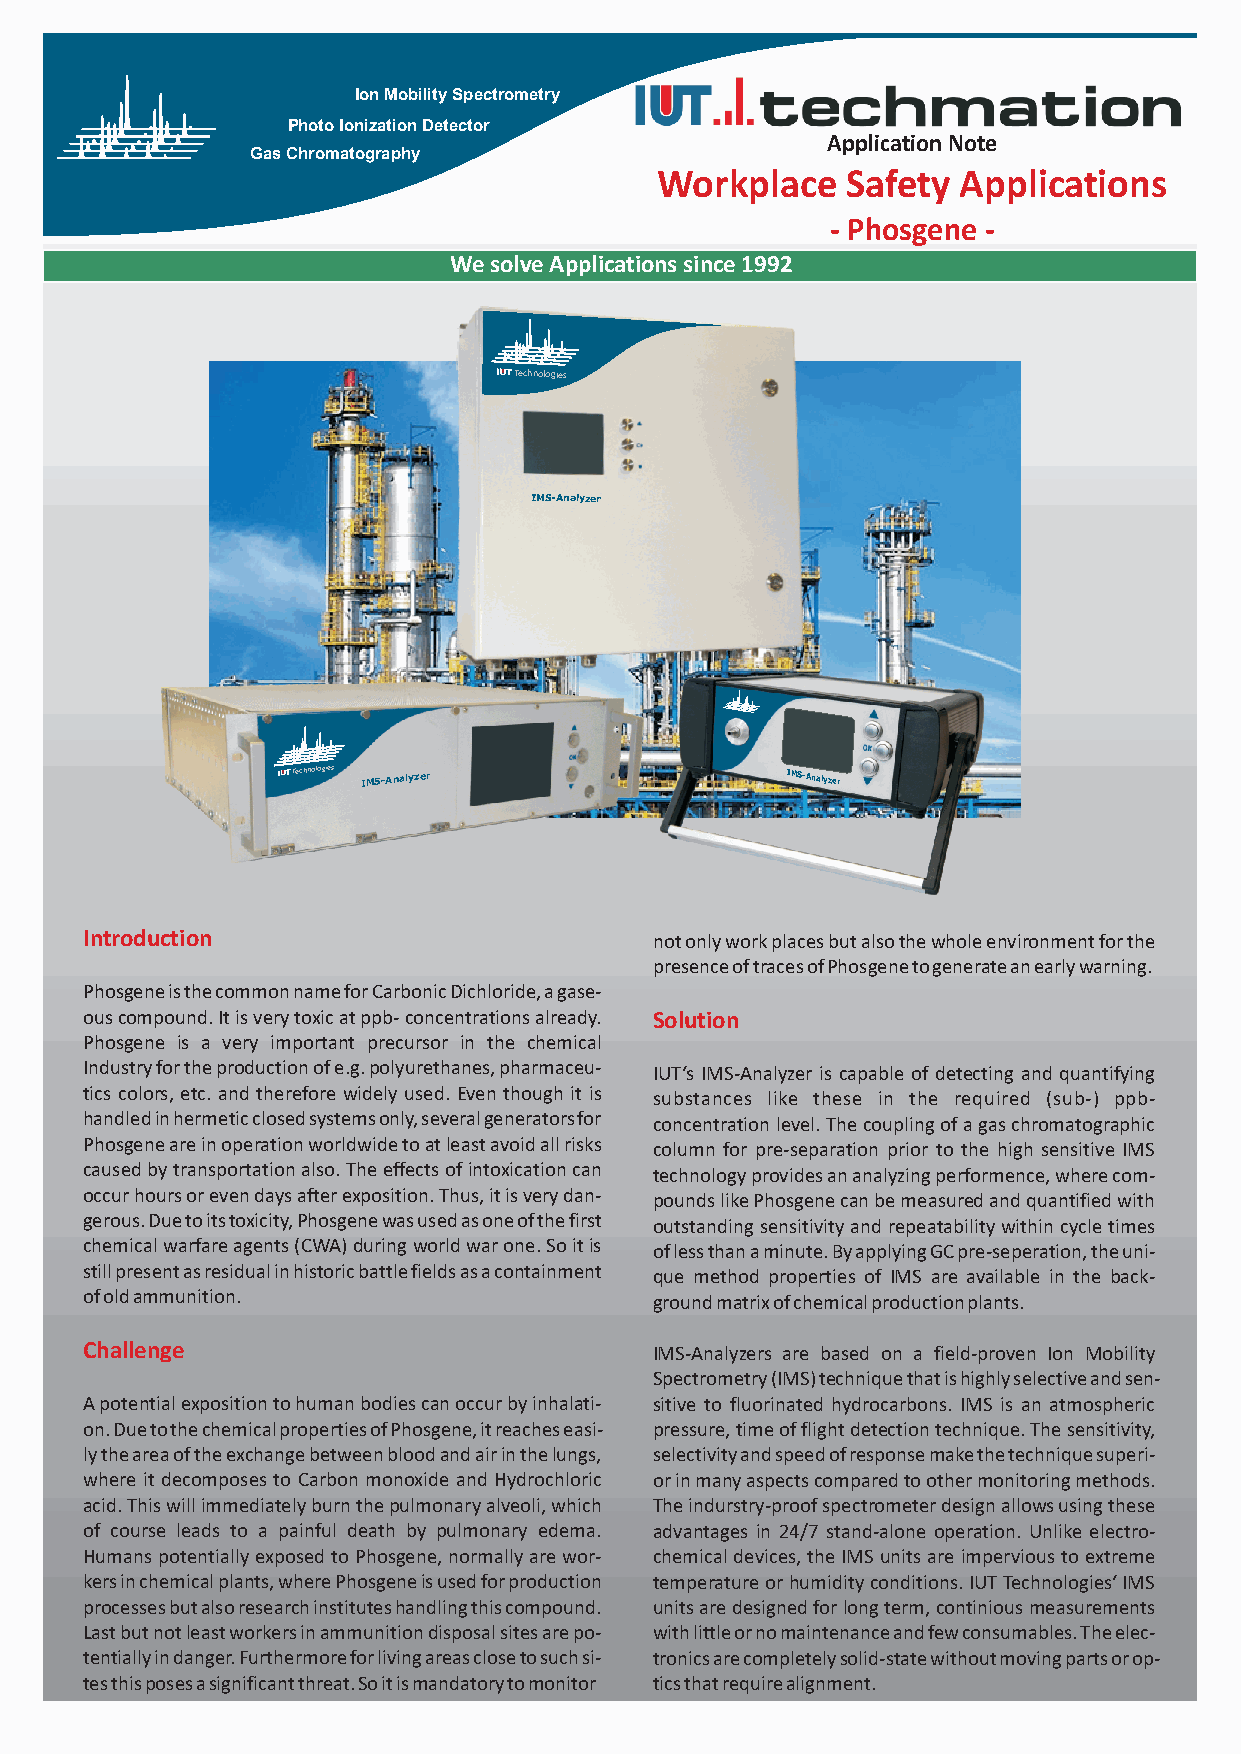
Ion Mobility Spectrometry
 Photo Ionization Detector
 Application Note
 Gas Chromatography
 Workplace    Safety Applications
 - Phosgene -
 We solve Applications since 1992
 Technologies
 IMS-Analyzer
 Technologies IMS-Analyzer        IMS-Analyzer
 Introduction                          not only work places but also the whole environment for the
 presence of traces of Phosgene to generate an early warning.
 Phosgene is the common name for Carbonic Dichloride, a gase-
 ous compound. It is very toxic at ppb- concentrations already. Solution
 Phosgene is a very important precursor in the chemical
 Industry for the production of e.g. polyurethanes, pharmaceu- IUT‘s IMS-Analyzer is capable of detecting and quantifying
 tics colors, etc. and therefore widely used. Even though it is substances like these in the required (sub-) ppb-
 handled in hermetic closed systems only, several generators for concentration level. The coupling of a gas chromatographic
 Phosgene are in operation worldwide to at least avoid all risks column for pre-separation prior to the high sensitive IMS
 caused by transportation also. The effects of intoxication can technology provides an analyzing performence, where com-
 occur hours or even days after exposition. Thus, it is very dan- pounds like Phosgene can be measured and quantified with
 gerous. Due to its toxicity, Phosgene was used as one of the first outstanding sensitivity and repeatability within cycle times
 chemical warfare agents (CWA) during world war one. So it is of less than a minute. By applying GC pre-seperation, the uni-
 still present as residual in historic battle fields as a containment que method properties of IMS are available in the back-
 of old ammunition.                    ground matrix of chemical production plants.
 Challenge                             IMS-Analyzers are based on a field-proven Ion Mobility
 Spectrometry (IMS) technique that is highly selective and sen-
 A potential exposition to human bodies can occur by inhalati- sitive to fluorinated hydrocarbons. IMS is an atmospheric
 on. Due to the chemical properties of Phosgene, it reaches easi- pressure, time of flight detection technique. The sensitivity,
 ly the area of the exchange between blood and air in the lungs, selectivity and speed of response make the technique superi-
 where it decomposes to Carbon monoxide and Hydrochloric or in many aspects compared to other monitoring methods.
 acid. This will immediately burn the pulmonary alveoli, which The indurstry-proof spectrometer design allows using these
 of course leads to a painful death by pulmonary edema. advantages in 24/7 stand-alone operation. Unlike electro-
 Humans potentially exposed to Phosgene, normally are wor- chemical devices, the IMS units are impervious to extreme
 kers in chemical plants, where Phosgene is used for production temperature or humidity conditions. IUT Technologies‘ IMS
 processes but also research institutes handling this compound. units are designed for long term, continious measurements
 Last but not least workers in ammunition disposal sites are po- with little or no maintenance and few consumables. The elec-
 tentially in danger. Furthermore for living areas close to such si- tronics are completely solid-state without moving parts or op-
 tes this poses a significant threat. So it is mandatory to monitor tics that require alignment.